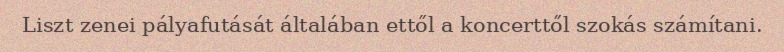
Liszt zenei pályafutását általában ettől a koncerttől szokás számítani.